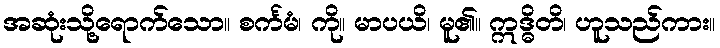
အဆုံးသို့ရောက်သော။ စင်္ကမံ၊ ကို။ မာပယိ၊ မူ၏။ ဣဒ္ဓိတိ၊ ဟူသည်ကား။